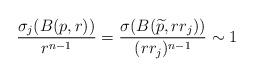
LaTeX: \begin{align*}\frac{\sigma_j(B(p,r))}{r^{n-1}}= \frac{\sigma(B(\widetilde p, r r_j))}{(r r_j)^{n-1}}\sim 1\end{align*}